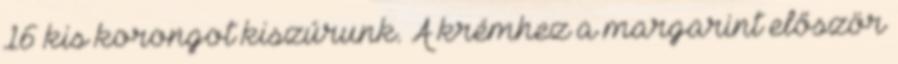
16 kis korongot kiszúrunk. A krémhez a margarint először